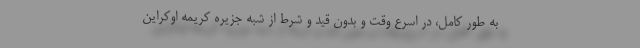
به طور کامل، در اسرع وقت و بدون قید و شرط از شبه جزیره کریمه اوکراین